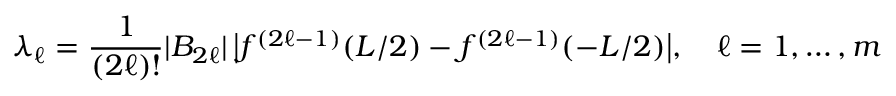
\lambda _ { \ell } = \frac { 1 } { ( 2 \ell ) ! } | B _ { 2 \ell } | \, \big | f ^ { ( 2 \ell - 1 ) } ( L / 2 ) - f ^ { ( 2 \ell - 1 ) } ( - L / 2 ) \big | , \quad \ell = 1 , \dots , m